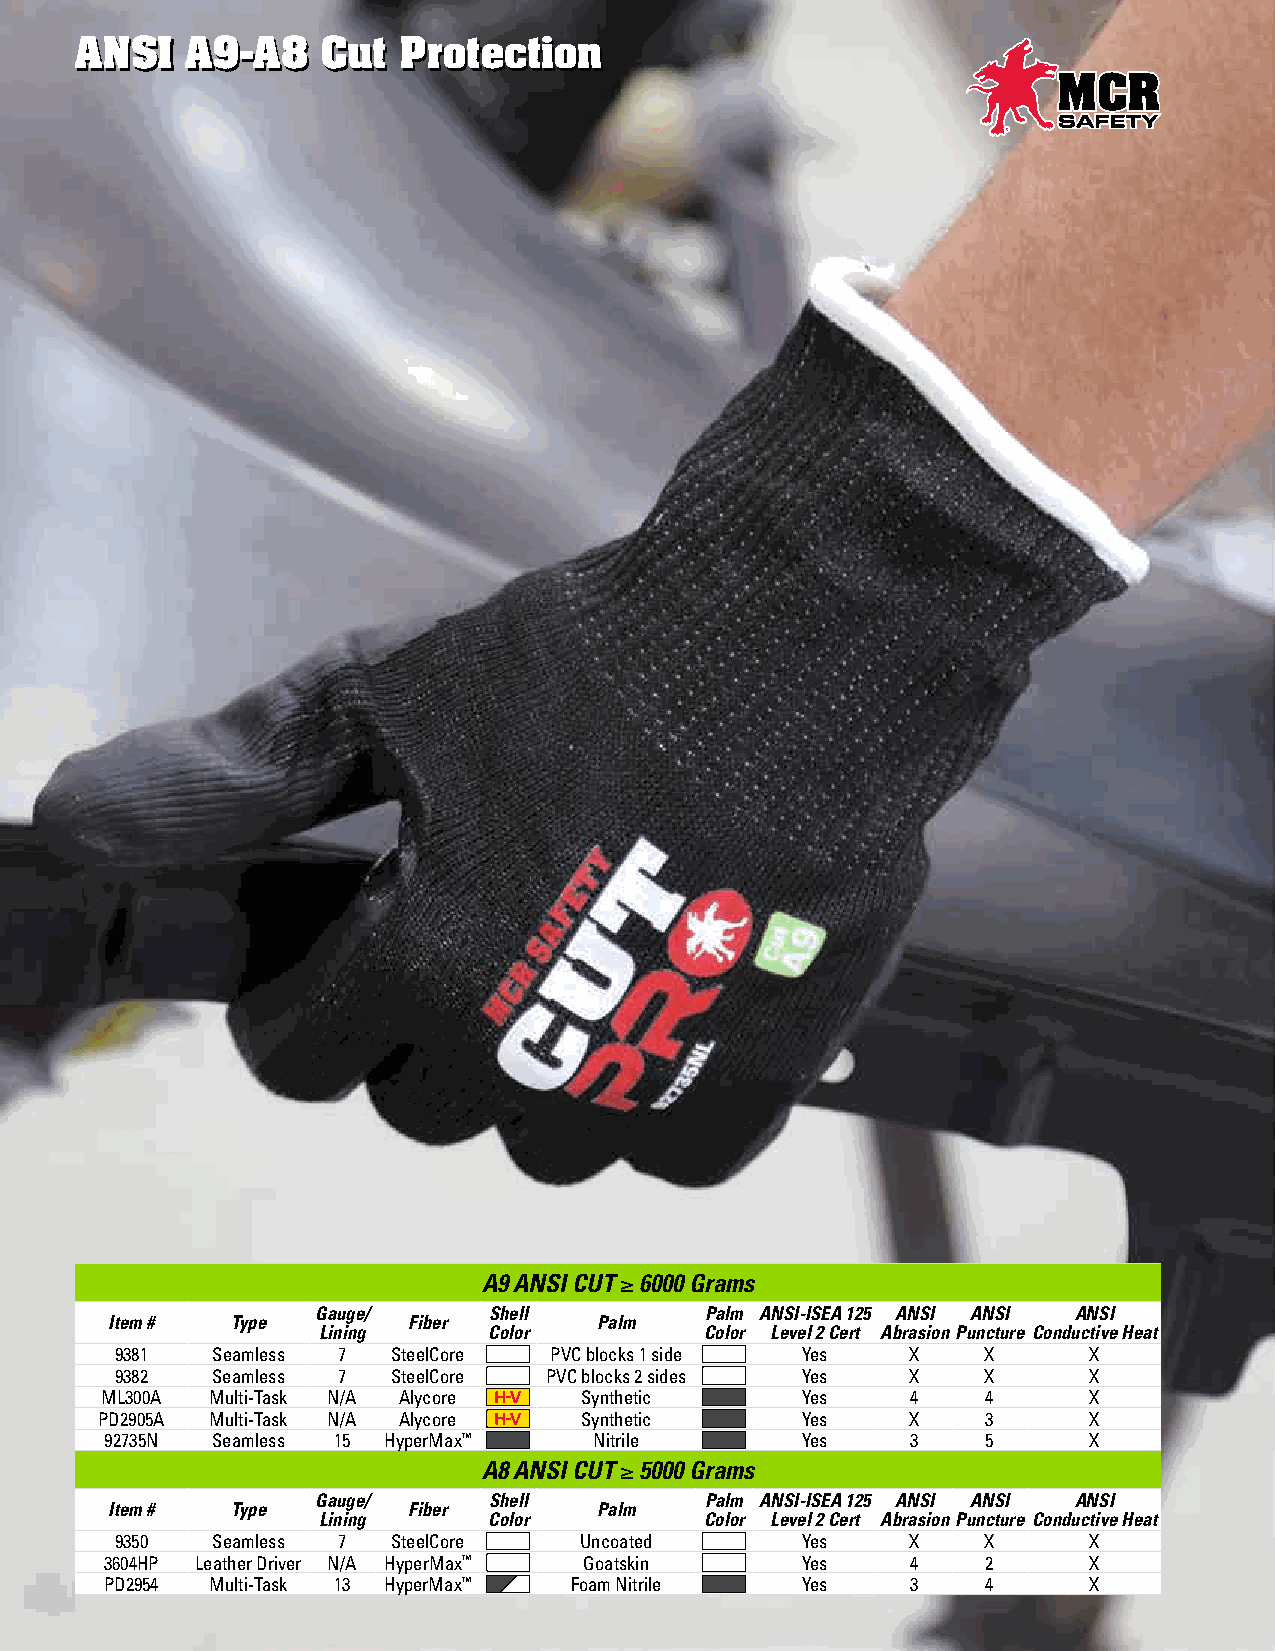
AANNSSII AA99--AA88 CCuutt PPrrootteeccttiioonn
 A9 ANSI CUT ≥ 6000 Grams
 Gauge/     Shell          Palm ANSI-ISEA 125 ANSI ANSI ANSI
 Item #  Type        Fiber        Palm
 Lining     Color          Color Level 2 Cert Abrasion Puncture Conductive Heat
 9381  Seamless 7  SteelCore PVC blocks 1 side Yes   X    X      X
 9382  Seamless 7  SteelCore PVC blocks 2 sides Yes  X    X      X
 ML300A Multi-Task N/A Alycore  Synthetic      Yes    4    4      X
 PD2905A Multi-Task N/A Alycore  Synthetic      Yes    X    3      X
 92735N Seamless 15 HyperMax™    Nitrile       Yes    3    5      X
 A8 ANSI CUT ≥ 5000 Grams
 Gauge/     Shell          Palm ANSI-ISEA 125 ANSI ANSI ANSI
 Item #  Type        Fiber        Palm
 Lining     Color          Color Level 2 Cert Abrasion Puncture Conductive Heat
 9350  Seamless 7  SteelCore   Uncoated       Yes    X    X      X
 3604HP Leather Driver N/A HyperMax™ Goatskin  Yes    4    2      X
 PD2954 Multi-Task 13 HyperMax™ Foam Nitrile   Yes    3    4      X